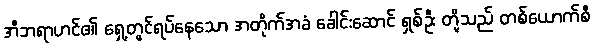
အီဘရာဟင်၏ ရှေ့တွင်ရပ်နေသော အတိုက်အခံ ခေါင်းဆောင် ရှစ်ဦး တို့သည် တစ်ယောက်စီ